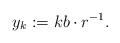
\begin{align*} y_k:=kb\cdot r^{-1}. \end{align*}